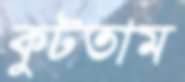
কুটতাম